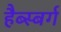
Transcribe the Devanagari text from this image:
हैब्स्बर्ग